Insane asylums in Bengal annual reports 1867-1875 - 1867-1875
Year: 1867
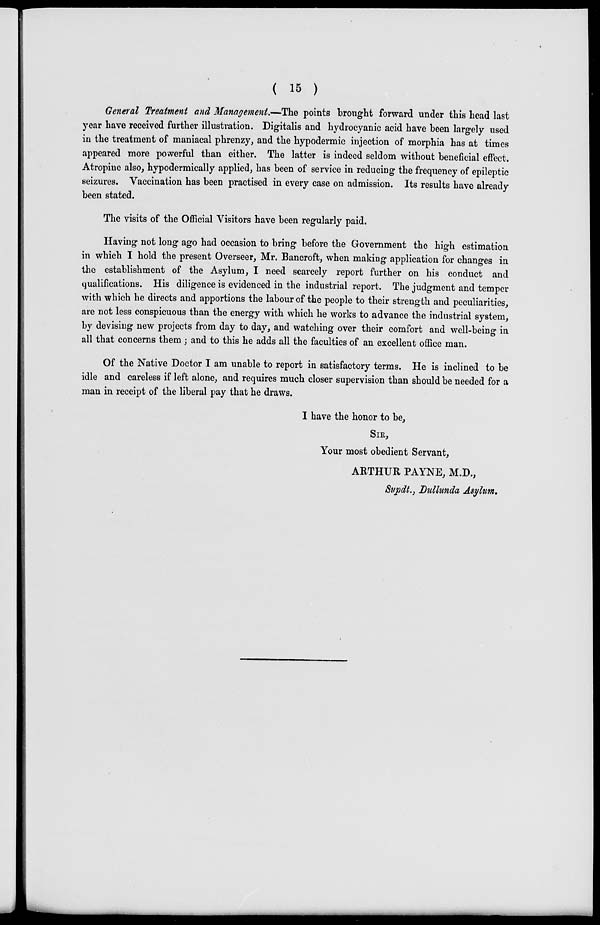
( 15 )
General Treatment and Management.—The points brought forward under this head last
year have received further illustration. Digitalis and hydrocyanic acid have been largely used
in the treatment of maniacal phrenzy, and the hypodermic injection of morphia has at times
appeared more powerful than either. The latter is indeed seldom without beneficial effect.
Atropine also, hypodermically applied, has been of service in reducing the frequency of epileptic
seizures. Vaccination has been practised in every case on admission. Its results have already
been stated.
The visits of the Official Visitors have been regularly paid.
Having not long ago had occasion to bring before the Government the high estimation
in which I hold the present Overseer, Mr. Bancroft, when making application for changes in
the establishment of the Asylum, I need scarcely report further on his conduct and
qualifications. His diligence is evidenced in the industrial report. The judgment and temper
with which he directs and apportions the labour of the people to their strength and peculiarities,
are not less conspicuous than the energy with which he works to advance the industrial system,
by devising new projects from day to day, and watching over their comfort and well-being in
all that concerns them; and to this he adds all the faculties of an excellent office man.
Of the Native Doctor I am unable to report in satisfactory terms. He is inclined to be
idle and careless if left alone, and requires much closer supervision than should be needed for a
man in receipt of the liberal pay that he draws.
I have the honor to be,
SIR,
Your most obedient Servant,
ARTHUR PAYNE, M.D.,
Supdt., Dullunda Asylum.